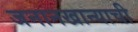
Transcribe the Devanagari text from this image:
जनानखान्याची